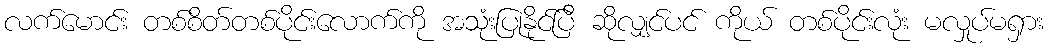
လက်မောင်း တစ်စိတ်တစ်ပိုင်းလောက်ကို အသုံးပြုနိုင်ပြီ ဆိုလျှင်ပင် ကိုယ် တစ်ပိုင်းလုံး မလှုပ်မရှား